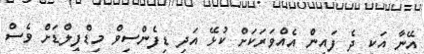
އޭނާ އަކީ ދެ ފައިން އެއްވަރަކަށް ކުޅޭ އަދި ޑިފެންސިވް މިޑްފީލްޑަށް ވެސް